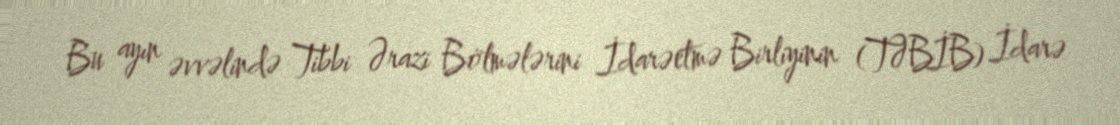
Bu ayın əvvəlində Tibbi Ərazi Bölmələrini İdarəetmə Birliyinin (TƏBİB) İdarə